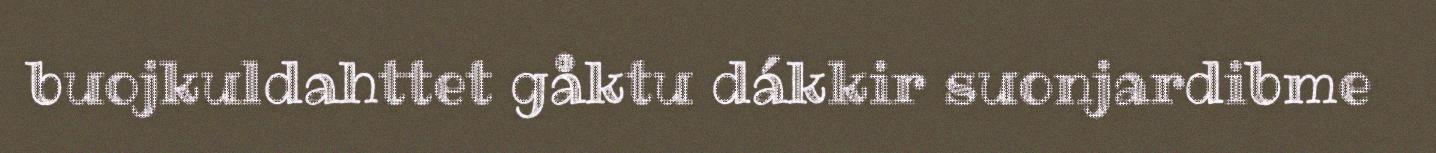
buojkuldahttet gåktu dákkir suonjardibme